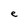
Character: e